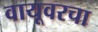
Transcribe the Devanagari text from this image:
वायूवरचा